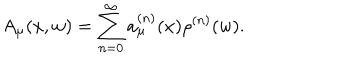
A _ { \mu } ( x , w ) = \sum _ { n = 0 } ^ { \infty } a _ { \mu } ^ { ( n ) } ( x ) \rho ^ { ( n ) } ( w ) .